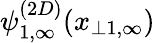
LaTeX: \psi_{1,\infty}^{(2D)}(x_{\perp 1,\infty})